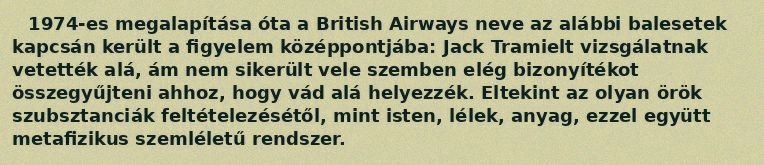
1974-es megalapítása óta a British Airways neve az alábbi balesetek kapcsán került a figyelem középpontjába: Jack Tramielt vizsgálatnak vetették alá, ám nem sikerült vele szemben elég bizonyítékot összegyűjteni ahhoz, hogy vád alá helyezzék. Eltekint az olyan örök szubsztanciák feltételezésétől, mint isten, lélek, anyag, ezzel együtt metafizikus szemléletű rendszer.